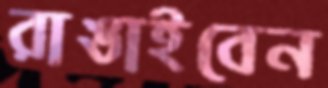
রাঙাইবেন